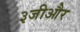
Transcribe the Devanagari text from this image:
३जीऔर